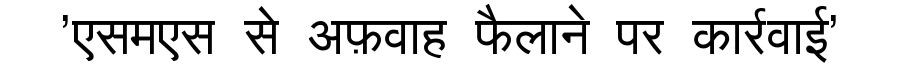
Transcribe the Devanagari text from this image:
'एसमएस से अफ़वाह फैलाने पर कार्रवाई'